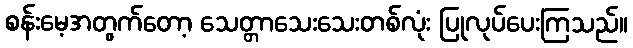
စန်းမေ့အတွက်တော့ သေတ္တာသေးသေးတစ်လုံး ပြုလုပ်ပေးကြသည်။